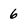
Character: 6